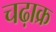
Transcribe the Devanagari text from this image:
चढ़ाक्र